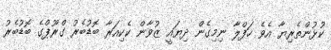
ކުޅުންތެރިޔާ އެވެ ހަފްލާ ނިމިގެން ދިޔައީ ޒުވާން ކެކިއަރާ ބޮޑުބެރު ގްރޫޕްގެ ބޮޑުބެރު